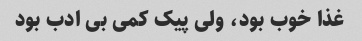
غذا خوب بود، ولی پیک کمی بی ادب بود